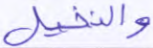
والنخيل